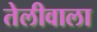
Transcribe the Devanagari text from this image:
तेलीवाला